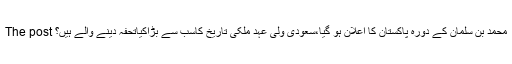
The post محمد بن سلمان کے دورہ پاکستان کا اعلان ہو گیا،سعودی ولی عہد ملکی تاریخ کاسب سے بڑاکیاتحفہ دینے والے ہیں؟